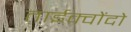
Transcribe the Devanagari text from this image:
ताईक्वोंदो